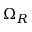
\Omega _ { R }